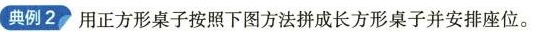
典例2 用正方形桌子按照下图方法拼成长方形桌子并安排座位。